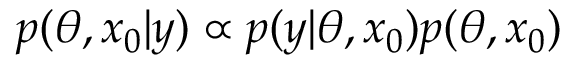
p ( \theta , x _ { 0 } | y ) \propto p ( y | \theta , x _ { 0 } ) p ( \theta , x _ { 0 } )